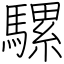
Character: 騾